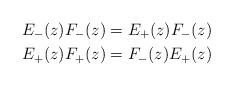
LaTeX: \begin{align*}E_-(z)F_-(z)& =E_+(z)F_-(z)\\ E_+(z)F_+(z)& =F_-(z)E_+(z) \end{align*}